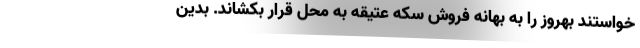
خواستند بهروز را به بهانه فروش سکه عتیقه به محل قرار بکشاند. بدین